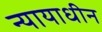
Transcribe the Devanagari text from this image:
न्यायाधीन